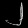
Digit: ၂